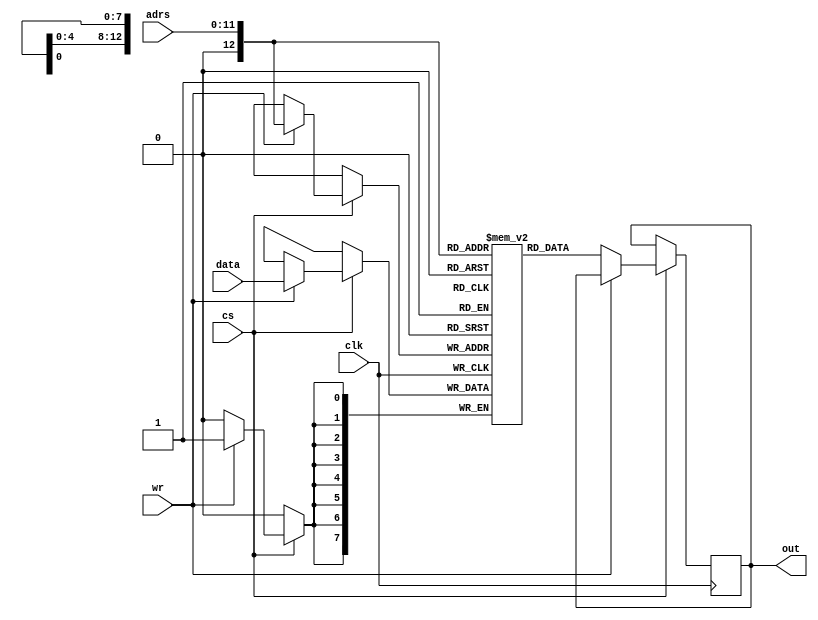
//YA REZA

module dataMem (out, adrs, data, wr, clk, cs);
   output reg [7:0] out;
   input [7:0] data;
   input [11:0] adrs;
   input wr, clk, cs;
   reg [7:0] mem [(2<<12) - 1:0];
   
   always @(posedge clk) begin
        if (cs) begin
			if (wr)
				mem[adrs] <= data;
			else
				out <= mem[adrs];
		end
   end
endmodule